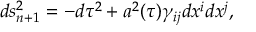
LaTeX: d s _ { n + 1 } ^ { 2 } = - d \tau ^ { 2 } + a ^ { 2 } ( \tau ) \gamma _ { i j } d x ^ { i } d x ^ { j } ,